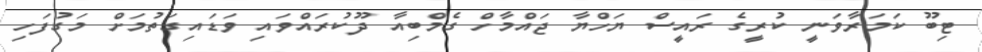
ޓިބޫ ކަމަރާވަނީ ކުރީގެ ރައީސް ޔަހްޔާ ޖައްމާހް ގެމްބިއާ ދޫކުރައްވައި ވަޑައިގަތުމަށް މަގުފަހި